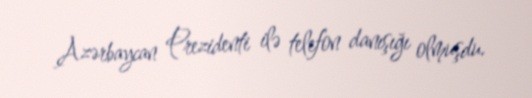
Azərbaycan Prezidenti ilə telefon danışığı olmuşdu.